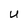
Character: U